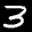
Digit: 3